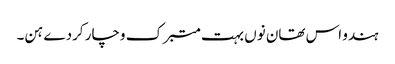
ہندو اس تھان نوں بہت متبرک وچار کردے ہن۔